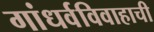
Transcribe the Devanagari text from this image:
गांधर्वविवाहाची